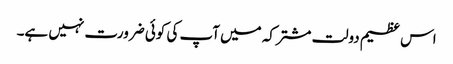
اس عظیم دولت مشترکہ میں آپ کی کوئی ضرورت نہیں ہے۔